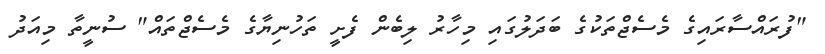
"ފުރައްސާރައިގެ މެސެޖްތަކުގެ ބަދަލުގައި މިހާރު ލިބެން ފެށީ ތަހުނިޔާގެ މެސެޖްތައް" ސުނީތާ މިއަދު